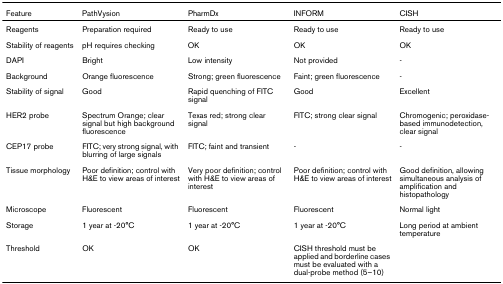
| Feature | PathVysion | PharmDx | INFORM | CISH |
 | --- | --- | --- | --- | --- |
 | Reagents | Preparation required | Ready to use | Ready to use | Ready to use |
 | Stability of reagents | pH requires checking | OK | OK | OK |
 | DAPI | Bright | Low intensity | Not provided | - |
 | Background | Orange fluorescence | Strong; green fluorescence | Faint; green fluorescence | - |
 | Stability of signal | Good | Rapid quenching of FITC signal | Good | Excellent |
 | HER2 probe | Spectrum Orange; clear signal but high background fluorescence | Texas red; strong clear signal | FITC; strong clear signal | Chromogenic; peroxidase-based immunodetection, clear signal |
 | CEP17 probe | FITC; very strong signal, with blurring of large signals | FITC; faint and transient | - | - |
 | Tissue morphology | Poor definition; control with H&E to view areas of interest | Very poor definition; control with H&E to view areas of interest | Poor definition; control with H&E to view areas of interest | Good definition, allowing simultaneous analysis of amplification and histopathology |
 | Microscope | Fluorescent | Fluorescent | Fluorescent | Normal light |
 | Storage | 1 year at -20°C | 1 year at -20°C | 1 year at -20°C | Long period at ambient temperature |
 | Threshold | OK | OK | CISH threshold must be applied and borderline cases must be evaluated with a dual-probe method (5–10) |  |